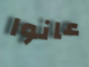
عانوا